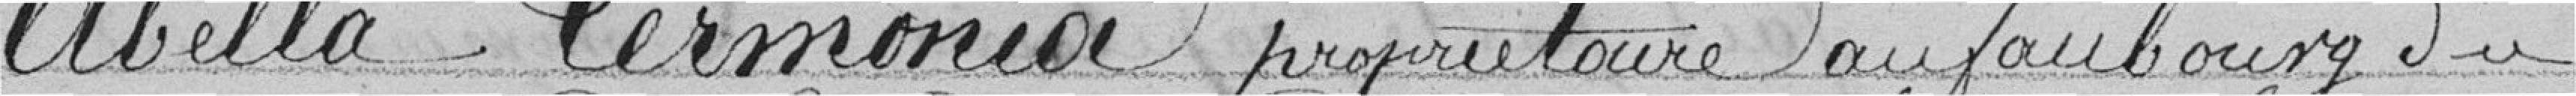
Abella Termonia propriétaire au faubourg du